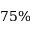
7 5 \%